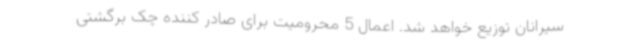
سیرانان توزیع خواهد شد. اعمال 5 محرومیت برای صادر کننده چک برگشتی